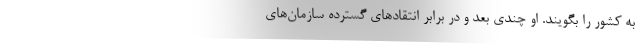
به کشور را بگویند. او چندی بعد و در برابر انتقادهای گسترده سازمان‌های